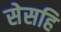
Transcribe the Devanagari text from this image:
सेसहि